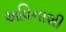
અવિનાશી